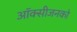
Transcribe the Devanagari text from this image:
ऑक्सीजनको